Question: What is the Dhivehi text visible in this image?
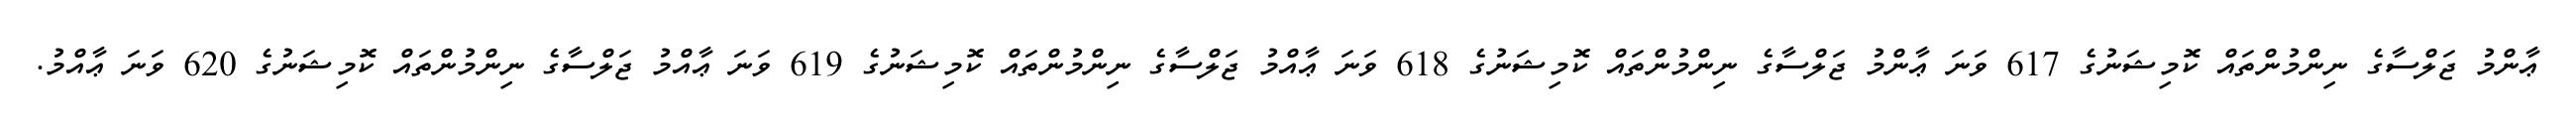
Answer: ޢާންމު ޖަލްސާގެ ނިންމުންތައް ކޮމިޝަނުގެ 617 ވަނަ ޢާންމު ޖަލްސާގެ ނިންމުންތައް ކޮމިޝަނުގެ 618 ވަނަ ޢާއްމު ޖަލްސާގެ ނިންމުންތައް ކޮމިޝަނުގެ 619 ވަނަ ޢާއްމު ޖަލްސާގެ ނިންމުންތައް ކޮމިޝަނުގެ 620 ވަނަ ޢާއްމު.